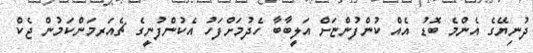
ދުނިޔޭގެ އެންމެ ބޮޑު އެއް ކުންފުންޏަށް އަލީބާބާ ހެދުމަށްފަހު އެކުންފުނީގެ ޗެއަރމަންކަމުން ޖެކް